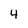
Character: 4